Medical and sanitary report of the native army of Madras for the year
Year: 1878
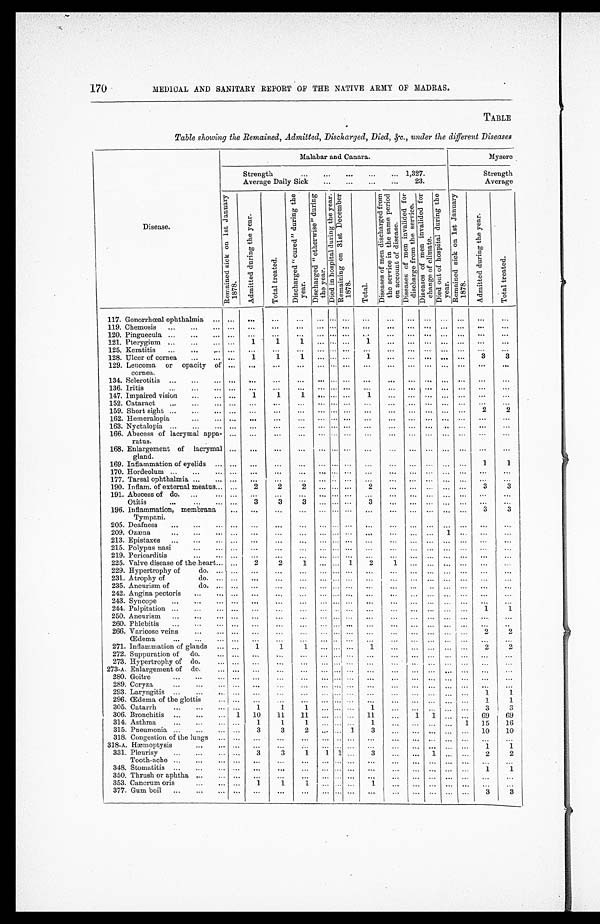
170
MEDICAL AND SANITARY REPORT OF THE NATIVE ARMY OF MADRAS.
TABLE
Table showing the Remained, Admitted, Discharged, Died, &c., under the different Diseases
Disease.
Malabar and Canara.
Mysore
Strength . . . 1,327.
Strength
Average Daily Sick . . . 23.
Average
R e m a i n e d s i c k o n 1 s t J a n u a r y 1 8 7 8 .
A d m i t t e d d u r i n g t h e y e a r .
T o t a l t r e a t e d .
D i s c h a r g e d " c u r e d " d u r i n g t h e y e a r .
D i s c h a r g e d " o t h e r w i s e " d u r i n g t h e y e a r .
D i e d i n h o s p i t a l d u r i n g t h e y e a r . R e m a i n i n g o n 3 1 s t D e c e m b e r 1 8 7 8 .
T o t a l .
D i s e a s e s o f m e n d i s c h a r g e d f r o m t h e s e r v i c e i n t h e s a m e p e r i o d o n a c c o u n t o f d i s e a s e .
D i s e a s e s o f m e n i n v a l i d e d f o r d i s c h a r g e f r o m t h e s e r v i c e .
D i s e a s e s o f m e n i n v a l i d e d f o r c h a n g e o f c l i m a t e .
D i e d o u t o f h o s p i t a l d u r i n g t h e y e a r .
R e m a i n e d s i c k o n 1 s t J a n u a r y 1 8 7 8 .
A d m i t t e d d u r i n g t h e y e a r .
T o t a l t r e a t e d .
117. Gonorrhœal ophthalmia . . .
. . .
. . .
. . .
. . .
. . .
. . .
. . .
. . .
. . .
. . .
. . .
. . .
. . .
. . .
. . .
119. Chemosis . . .
. . .
. . .
. . .
. . .
. . .
. . .
. . .
. . .
. . .
. . .
. . .
. . .
. . .
. . .
. . .
120. Pinguecula . . .
. . .
. . .
. . .
. . .
. . .
. . .
. . .
. . .
. . .
. . .
. . .
. . .
. . .
. . .
. . .
121. Pterygium . . .
. . .
1
1
1
. . .
. . .
. . .
1
. . .
. . .
. . .
. . .
. . .
. . .
. . .
125. Keratitis . . .
. . .
. . .
. . .
. . .
. . .
. . .
. . .
. . .
. . .
. . .
. . .
. . .
. . .
. . .
. . .
128. Ulcer of cornea . . .
. . .
1
1
1
. . .
. . .
. . .
1
. . .
. . .
. . .
. . .
. . .
3
3
129. Leucoma or opacity of
cornea.
. . .
. . .
. . .
. . .
. . .
. . .
. . .
. . .
. . .
. . .
. . .
. . .
. . .
. . .
. . .
134. Sclerotitis . . .
. . .
. . .
. . .
. . .
. . .
. . .
. . .
. . .
. . .
. . .
. . .
. . .
. . .
. . .
. . .
136. Iritis . . .
. . .
. . .
. . .
. . .
. . .
. . .
. . .
. . .
. . .
. . .
. . .
. . .
. . .
. . .
. . .
147. Impaired vision . . .
. . .
1
1
1
. . .
. . .
. . .
1
. . .
. . .
. . .
. . .
. . .
. . .
. . .
152. Cataract . . .
. . .
. . .
. . .
. . .
. . .
. . .
. . .
. . .
. . .
. . .
. . .
. . .
. . .
. . .
. . .
159. Short sight . . .
. . .
. . .
. . .
. . .
. . .
. . .
. . .
. . .
. . .
. . .
. . .
. . .
. . .
2
2
162. Hemeralopia . . .
. . .
. . .
. . .
. . .
. . .
. . .
. . .
. . .
. . .
. . .
. . .
. . .
. . .
. . .
. . .
163. Nyctalopia . . .
. . .
. . .
. . .
. . .
. . .
. . .
. . .
. . .
. . .
. . .
. . .
. . .
. . .
. . .
. . .
166. Abscess of lacrymal appa
-ratus.
. . .
. . .
. . .
. . .
. . .
. . .
. . .
. . .
. . .
. . .
. . .
. . .
. . .
. . .
. . .
168. Enlargement of lacrymal
gland.
. . .
. . .
. . .
. . .
. . .
. . .
. . .
. . .
. . .
. . .
. . .
. . .
. . .
. . .
. . .
169. Inflammation of eyelids . . .
. . .
. . .
. . .
. . .
. . .
. . .
. . .
. . .
. . .
. . .
. . .
. . .
. . .
1
1
170. Hordeolum . . .
. . .
. . .
. . .
. . .
. . .
. . .
. . .
. . .
. . .
. . .
. . .
. . .
. . .
. . .
. . .
177. Tarsal ophthalmia . . .
. . .
. . .
. . .
. . .
. . .
. . .
. . .
. . .
. . .
. . .
. . .
. . .
. . .
. . .
. . .
190. Inflam. of external meatus . . .
. . .
2
2
2
. . .
. . .
. . .
2
. . .
. . .
. . .
. . .
. . .
3
3
191. Abscess of do. . . .
. . .
. . .
. . .
. . .
. . .
. . .
. . .
. . .
. . .
. . .
. . .
. . .
. . .
. . .
. . .
Otitis . . .
. . .
3
3
3
. . .
. . .
. . .
3
. . .
. . .
. . .
. . .
. . .
. . .
. . .
196. Inflammation, membrana
Tympani.
. . .
. . .
. . .
. . .
. . .
. . .
. . .
. . .
. . .
. . .
. . .
. . .
. . .
3
3
205. Deafness . . .
. . .
. . .
. . .
. . .
. . .
. . .
. . .
. . .
. . .
. . .
. . .
. . .
. . .
. . .
. . .
209. Ozæna . . .
. . .
. . .
. . .
. . .
. . .
. . .
. . .
. . .
. . .
. . .
. . .
1
. . .
. . .
. . .
213. Epistaxes . . .
. . .
. . .
. . .
. . .
. . .
. . .
. . .
. . .
. . .
. . .
. . .
. . .
. . .
. . .
. . .
215. Polypus nasi . . .
. . .
. . .
. . .
. . .
. . .
. . .
. . .
. . .
. . .
. . .
. . .
. . .
. . .
. . .
. . .
219. Pericarditis . . .
. . .
. . .
. . .
. . .
. . .
. . .
. . .
. . .
. . .
. . .
. . .
. . .
. . .
. . .
. . .
225. Valve disease of the heart . . .
. . .
2
2
1
. . .
. . . 1
2
1
. . .
. . .
. . .
. . .
. . .
. . .
229. Hypertrophy of do. . . .
. . .
. . .
. . .
. . .
. . .
. . .
. . .
. . .
. . .
. . .
. . .
. . .
. . .
. . .
. . .
2 3 1 . A t r o p h y o f d o . . . .
. . .
. . .
. . .
. . .
. . .
. . .
. . .
. . .
. . .
. . .
. . .
. . .
. . .
. . .
. . .
235. Aneurism of do. . . .
. . .
. . .
. . .
. . .
. . .
. . .
. . .
. . .
. . .
. . .
. . .
. . .
. . .
. . .
. . .
242. Angina pectoris . . .
. . .
. . .
. . .
. . .
. . .
. . .
. . .
. . .
. . .
. . .
. . .
. . .
. . .
. . .
. . .
243. Syncope . . .
. . .
. . .
. . .
. . .
. . . . . .
. . .
. . .
. . .
. . .
. . .
. . .
. . .
. . .
. . .
244. Palpitation . . .
. . .
. . .
. . .
. . .
. . . . . .
. . .
. . .
. . .
. . .
. . .
. . .
. . .
1
1
250. Aneurism . . .
. . .
. . .
. . .
. . .
. . . . . .
. . .
. . .
. . .
. . .
. . .
. . .
. . .
. . .
. . .
260. Phlebitis . . .
. . .
. . .
. . .
. . .
. . . . . .
. . .
. . .
. . .
. . .
. . .
. . .
. . .
. . .
. . .
266. Varicose veins . . .
. . .
. . .
. . .
. . .
. . . . . .
. . .
. . .
. . .
. . .
. . .
. . .
. . .
2
2
Œdema . . .
. . .
. . .
. . .
. . .
. . . . . .
. . .
. . .
. . .
. . .
. . .
. . .
. . .
. . .
. . .
271. Inflammation of glands . . .
. . .
1
1
1
. . . . . .
. . .
1
. . .
. . .
. . .
. . .
. . .
2
2
272. Suppuration of do. . . .
. . .
. . .
. . .
. . .
. . . . . .
. . .
. . .
. . .
. . .
. . .
. . .
. . .
. . .
. . .
273. Hypertrophy of do. . . .
. . .
. . .
. . .
. . .
. . . . . .
. . .
. . .
. . .
. . .
. . .
. . .
. . .
. . .
. . .
273-A. Enlargement of do. . . .
. . .
. . .
. . .
. . .
. . . . . .
. . .
. . .
. . .
. . .
. . .
. . .
. . .
. . .
. . .
280. Goitre . . .
. . .
. . .
. . .
. . .
. . . . . .
. . .
. . .
. . .
. . .
. . .
. . .
. . .
. . .
. . .
289. Coryza . . .
. . .
. . .
. . .
. . .
. . . . . .
. . .
. . .
. . .
. . .
. . .
. . .
. . .
. . .
. . .
293. Laryngitis . . .
. . .
. . .
. . .
. . .
. . . . . .
. . .
. . .
. . .
. . .
. . .
. . .
. . .
1
1
296. Œdema of the glottis . . .
. . .
. . .
. . .
. . .
. . .
. . .
. . .
. . .
. . .
. . .
. . .
. . .
. . .
1
1
305. Catarrh . . .
. . .
1
1
1
. . .
. . .
. . .
1
. . .
. . .
. . .
. . .
. . .
3
3
306. Bronchitis . . .
1
10
11
1 1
. . .
. . .
. . .
1 1
. . .
1
1
. . .
. . .
69
69
314. Asthma . . .
. . .
1
1
1
. . .
. . .
. . .
1
. . .
. . .
. . .
. . .
1
15
16
315. Pneumonia . . .
. . .
3
3
2
. . .
. . .
1
3
. . .
. . .
. . .
. . .
. . .
10
10
318. Congestion of the lungs . . .
. . .
. . .
. . .
. . .
. . .
. . .
. . .
. . .
. . .
. . .
. . .
. . .
. . .
. . .
. . .
318-A. Hæmoptysis . . .
. . .
. . .
. . .
. . .
. . .
. . .
. . .
. . .
. . .
. . .
. . .
. . .
. . .
1
1
331. Pleurisy . . .
. . .
3
3
1
1
1
. . .
3
. . .
. . .
1
. . .
. . .
2
2
Tooth-ache . . .
. . .
. . .
. . .
. . .
. . .
. . .
. . .
. . .
. . .
. . .
. . .
. . .
. . .
. . .
. . .
348. Stomatitis . . .
. . .
. . .
. . .
. . .
. . .
. . .
. . .
. . .
. . .
. . .
. . .
. . .
. . .
1
1
350. Thrush or aphtha . . .
. . .
. . .
. . .
. . .
. . .
. . .
. . .
. . .
. . .
. . .
. . .
. . .
. . .
. . .
. . .
353. Cancrum oris . . .
. . .
1
1
1
. . .
. . .
. . .
1
. . .
. . .
. . .
. . .
. . .
. . .
. . .
377. Gum boil . . .
. . .
. . .
. . .
. . .
. . .
. . .
. . .
. . .
. . .
. . .
. . .
. . .
. . .
3
3